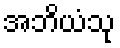
အဘိယံသု